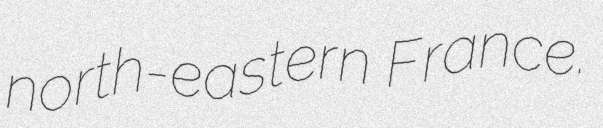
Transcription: north-eastern France.